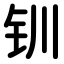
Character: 钏